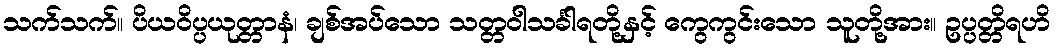
သက်သက်။ ပိယဝိပ္ပယုတ္တာနံ၊ ချစ်အပ်သော သတ္တဝါသင်္ခါရတို့နှင့် ကွေကွင်းသော သူတို့အား။ ဥပ္ပတ္တိရဟိ